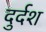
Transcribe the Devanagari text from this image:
दुर्दश